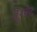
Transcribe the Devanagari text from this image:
ज़ूनमोद